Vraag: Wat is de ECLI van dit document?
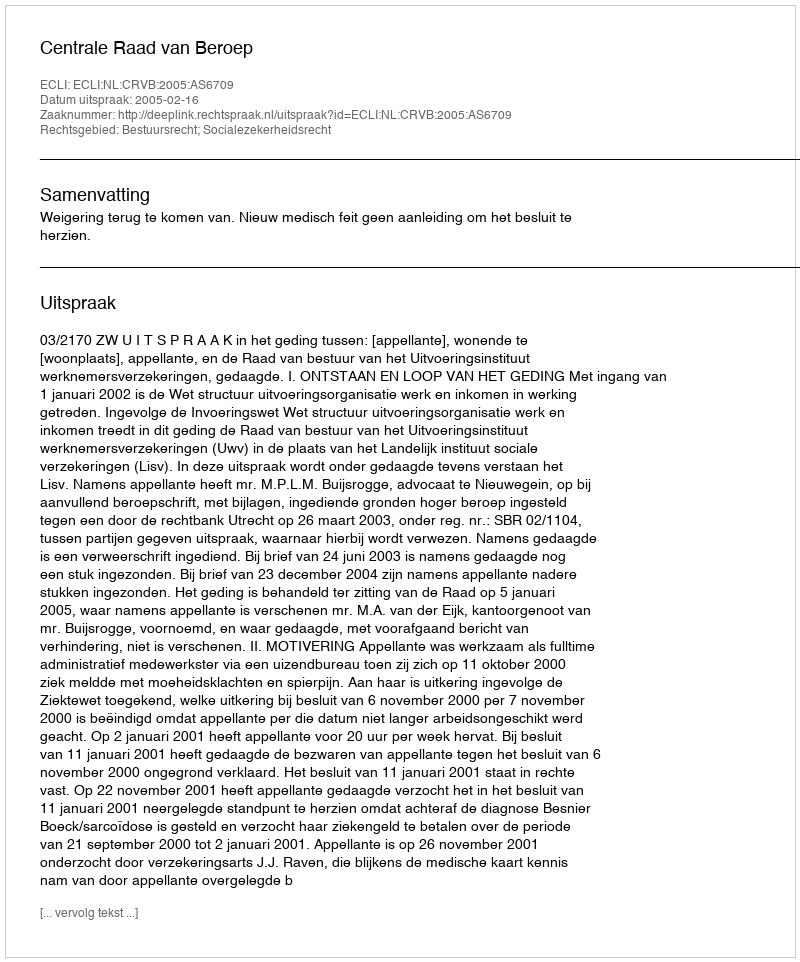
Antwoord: ECLI:NL:CRVB:2005:AS6709